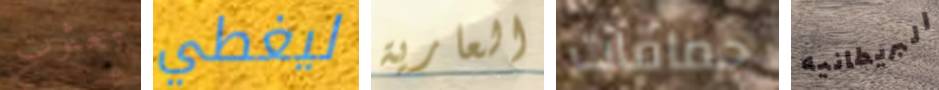
تعثرت ليغطي العارية حماقات البريطانيه